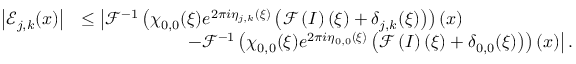
\begin{array} { r l } { \left\vert \mathcal { E } _ { j , k } ( \boldsymbol { x } ) \right\vert } & { \leq \big \vert \mathcal { F } ^ { - 1 } \left( \chi _ { 0 , 0 } ( \boldsymbol { \xi } ) e ^ { 2 \pi i \eta _ { j , k } ( \boldsymbol { \xi } ) } \left( \mathcal { F } \left( I \right) ( \boldsymbol { \xi } ) + \delta _ { j , k } ( \boldsymbol { \xi } ) \right) \right) ( \boldsymbol { x } ) } \\ & { \qquad \qquad \qquad - \mathcal { F } ^ { - 1 } \left( \chi _ { 0 , 0 } ( \boldsymbol { \xi } ) e ^ { 2 \pi i \eta _ { 0 , 0 } ( \boldsymbol { \xi } ) } \left( \mathcal { F } \left( I \right) ( \boldsymbol { \xi } ) + \delta _ { 0 , 0 } ( \boldsymbol { \xi } ) \right) \right) ( \boldsymbol { x } ) \big \vert \, . } \end{array}